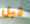
قبل